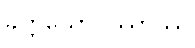
ခတ္တိယောပိဿာဿ